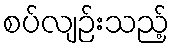
စပ်လျဉ်းသည့်